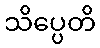
သိပ္ပေတိ